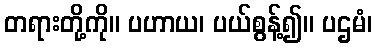
တရားတို့ကို။ ပဟာယ၊ ပယ်စွန့်၍။ ပဌမံ၊